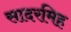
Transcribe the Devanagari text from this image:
सादरमिह